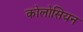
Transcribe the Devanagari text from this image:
कोलोसियन